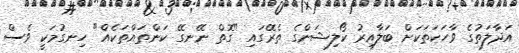
އަދާލަތުގެ ވާހަކަތަކަށް ބަލާއިރު ކޯލިޝަންގެ ތެރޭގައި "ގޮތް ނޭނގޭ ކަންތައްތަކެއް" ހިނގުމަކީ ވެސް